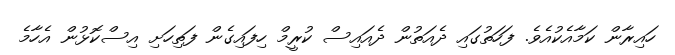
ހައިރާން ކަމާއެކުއެވެ. ފަހަތުގައި ދެއަތުން ދެއައިސް ކުރީމް ހިފައިގެން ފަތިހަށި އިސްކޮޅުން އެހާމެ